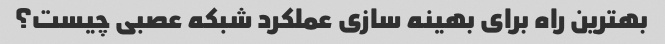
بهترین راه برای بهینه سازی عملکرد شبکه عصبی چیست؟